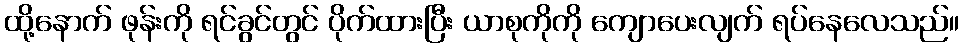
ထို့နောက် ဖုန်းကို ရင်ခွင်တွင် ပိုက်ထားပြီး ယာစုကိုကို ကျောပေးလျက် ရပ်နေလေသည်။